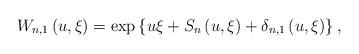
LaTeX: \begin{align*}W_{n,1}\left( {u,\xi }\right) =\exp \left\{ {u\xi +S_{n}\left( {u,\xi }\right) +\delta _{n,1}\left( {u,\xi }\right) }\right\}, \end{align*}